38_143685_box7_Incident_Summaries_1-100
Agency: Department of War
Page 39
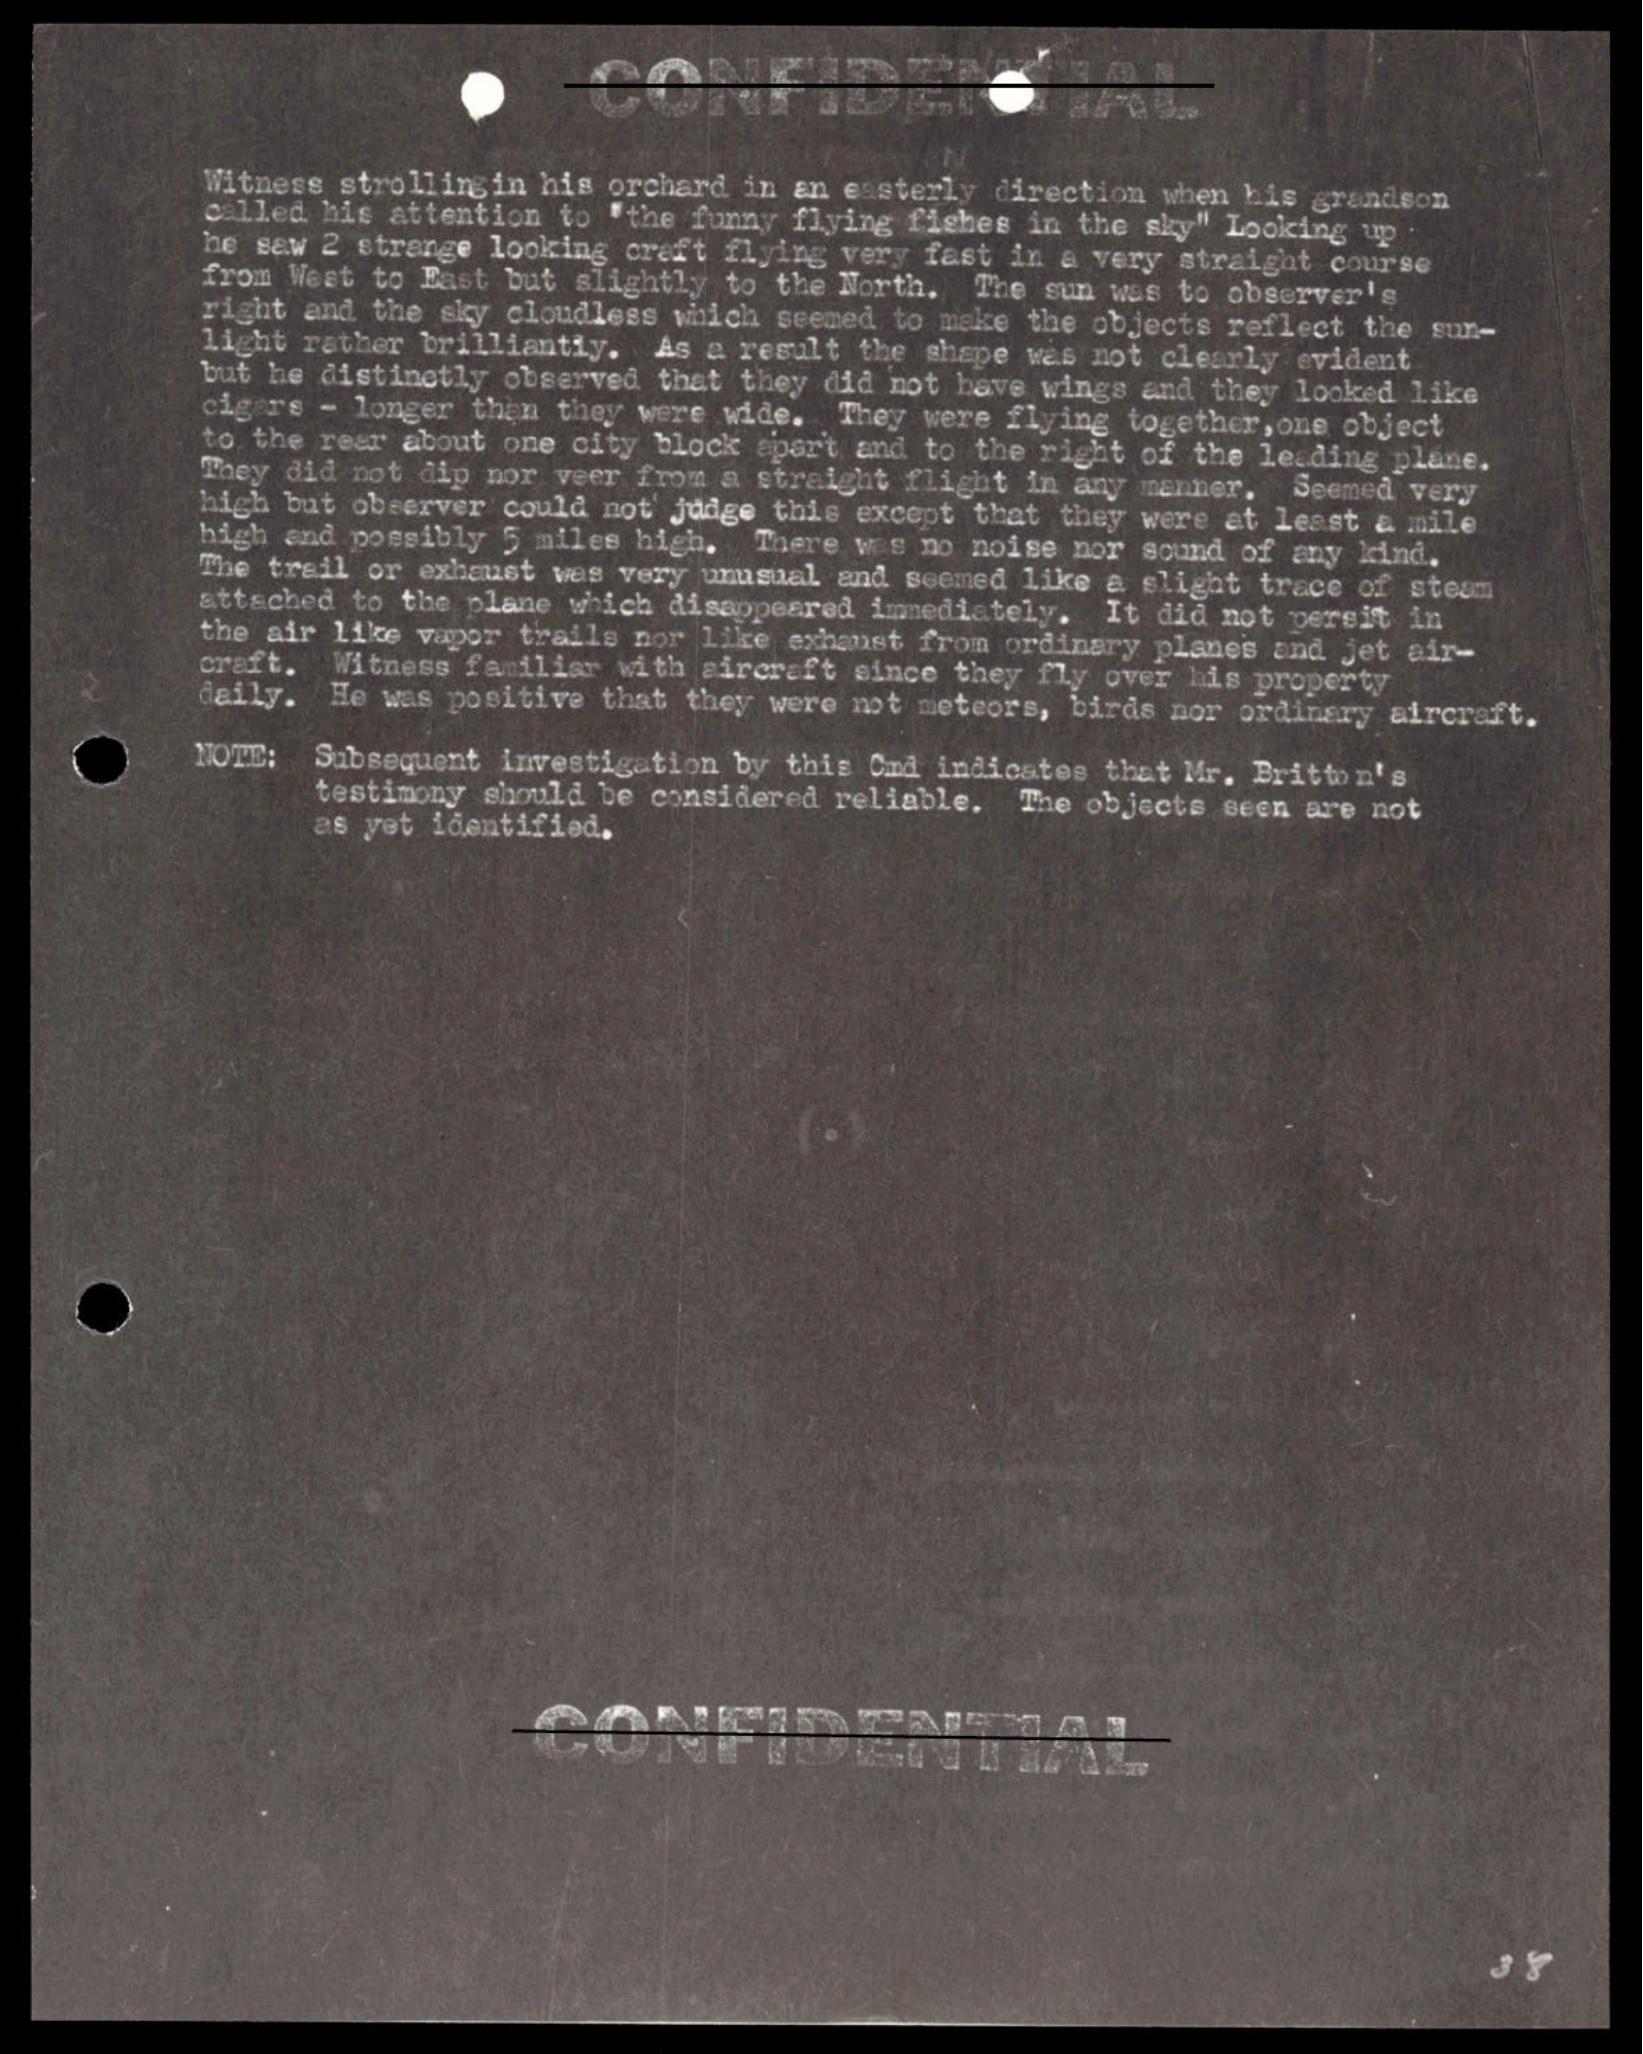